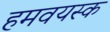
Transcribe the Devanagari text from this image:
हमवयस्क